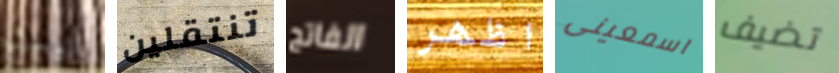
ليست تنتقلين الفاتح اظهر اسمعينى تضيف